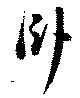
臥